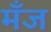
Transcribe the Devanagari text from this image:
मँज